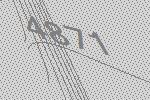
4871